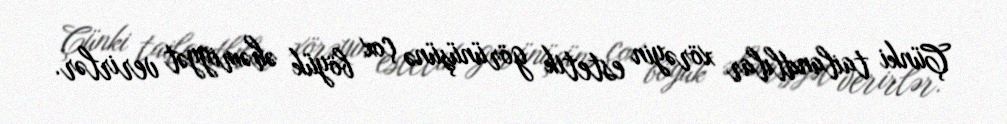
Çünki tailandlılar xörəyin estetik görünüşünə çox böyük əhəmiyyət verirlər.